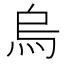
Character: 烏